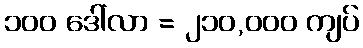
၁၀၀ ဒေါ်လာ = ၂၁၀,၀၀၀ ကျပ်